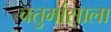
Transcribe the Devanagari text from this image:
चतुर्मासाला